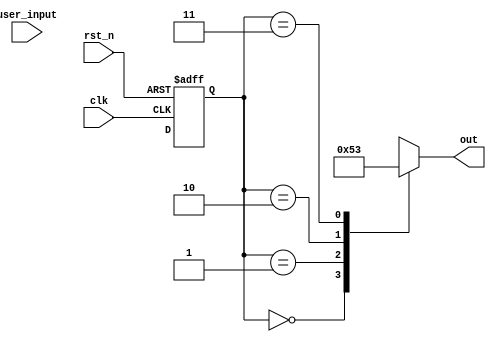
//Separate output and next state logic:
module fsm(out, user_input, clk, rst_n);

input [2:0] user_input;
input clk, rst_n;
output reg [2:0] out;
reg [1:0] state_reg,state_next;

//sequential part
always @ (posedge clk or negedge rst_n )
    begin
        if (!rst_n)
        state_reg <= 2'h0;
        else
        state_reg <= state_next;
    end

//output logic
always @ (user_input, state_reg )
    begin
        case (state_reg)
            2'h0: out = 2'h0;
            2'h1: out = 2'h1;
            2'h2: out = 2'h2;
            2'h3: out = 2'h3;
        endcase
    end

//next state logic
//-copilot next line-

endmodule